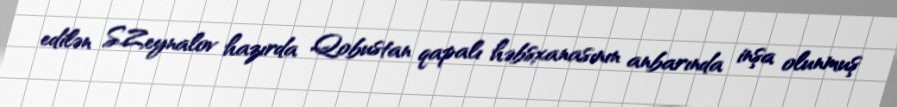
edilən S.Zeynalov hazırda Qobustan qapalı həbsxanasının anbarında inşa olunmuş